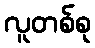
လူတစ်စု